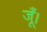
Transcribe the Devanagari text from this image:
जूँ।